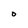
Character: O